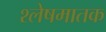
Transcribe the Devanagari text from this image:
श्लेषमातक